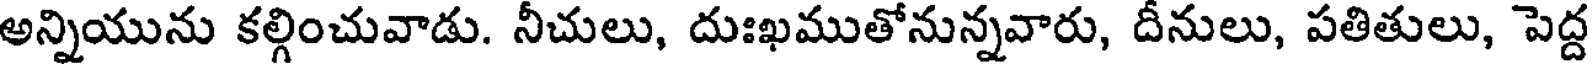
అన్నియును కల్గించువాడు. నీచులు, దుఃఖముతోనున్నవారు, దీనులు, పతితులు, పెద్ద